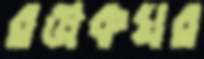
রঞ্জকঘর